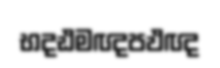
භදඪමඥපඵඥ